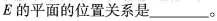
E的平面的位置关系是___。